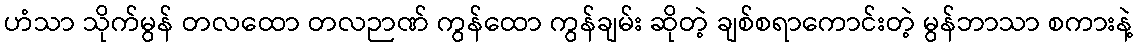
ဟံသာ သိုက်မွန် တလထော တလဉာဏ် ကွန်ထော ကွန်ချမ်း ဆိုတဲ့ ချစ်စရာကောင်းတဲ့ မွန်ဘာသာ စကားနဲ့